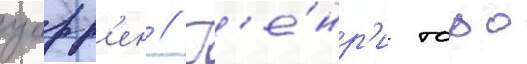
уорр'ен // Г'е́нр'и торо